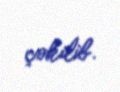
çəkilib.